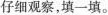
仔细观察，填一填。